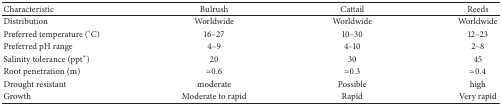
| Characteristic | Bulrush | Cattail | Reeds |
 | --- | --- | --- | --- |
 | Distribution | Worldwide | Worldwide | Worldwide |
 | Preferred temperature (°C) | 16–27 | 10–30 | 12–23 |
 | Preferred pH range | 4–9 | 4–10 | 2–8 |
 | Salinity tolerance (ppt*) | 20 | 30 | 45 |
 | Root penetration (m) | ≈0.6 | ≈0.3 | ≈0.4 |
 | Drought resistant | moderate | Possible | high |
 | Growth | Moderate to rapid | Rapid | Very rapid |